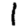
Digit: 1